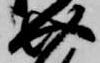
介